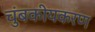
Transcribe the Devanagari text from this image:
चुंबकीयकरण